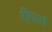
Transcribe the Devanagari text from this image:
रीफर्स